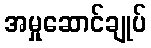
အမှုဆောင်ချုပ်